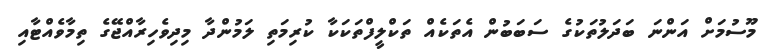
މޫސުމަށް އަންނަ ބަދަލުތަކުގެ ސަބަބުން އެތަކެއް ތަކްލީފްތަކަކާ ކުރިމަތި ލަމުންދާ މިދިވެހިރާއްޖޭގެ ތިމާވެއްޓާއި